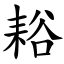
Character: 䎥